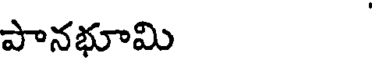
పానభూమి